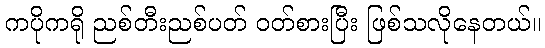
ကပိုကရို ညစ်တီးညစ်ပတ် ဝတ်စားပြီး ဖြစ်သလိုနေတယ်။